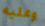
وعليه